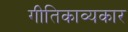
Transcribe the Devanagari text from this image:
गीतिकाव्यकार